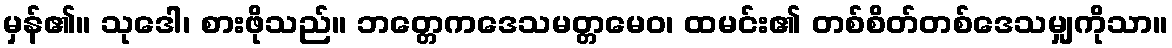
မှန်၏။ သုဒေါ၊ စားဖိုသည်။ ဘတ္တေကဒေသမတ္တမေဝ၊ ထမင်း၏ တစ်စိတ်တစ်ဒေသမျှကိုသာ။